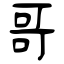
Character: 哥